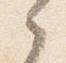
之